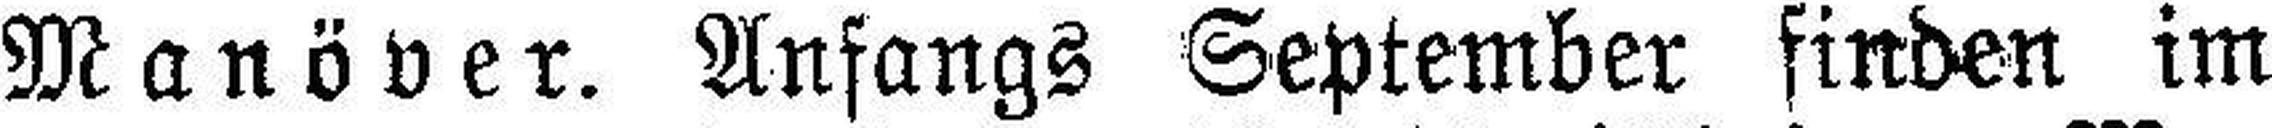
Manöver. Anfangs September finden im